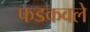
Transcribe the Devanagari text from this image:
फडकवले